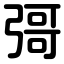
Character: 彁